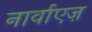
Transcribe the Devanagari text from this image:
नार्वाएज़